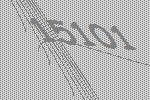
15101